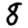
Digit: 8